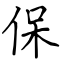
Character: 保